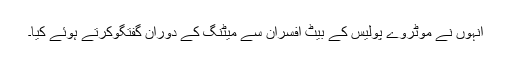
انہوں نے موٹروے پولیس کے بیٹ افسران سے میٹنگ کے دوران گفتگوکرتے ہوئے کیا۔